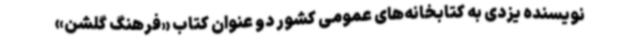
نویسنده یزدی به کتابخانه‌های عمومی کشور دو عنوان کتاب «فرهنگ گلشن»